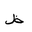
Letter: _za